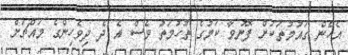
އެހެން ގައުމުތަކަށް ފޮނުވާ ކަމުގެ ތުހުމަތު ވެސް އެ ދެ ދިވެހިންގެ މައްޗަށް